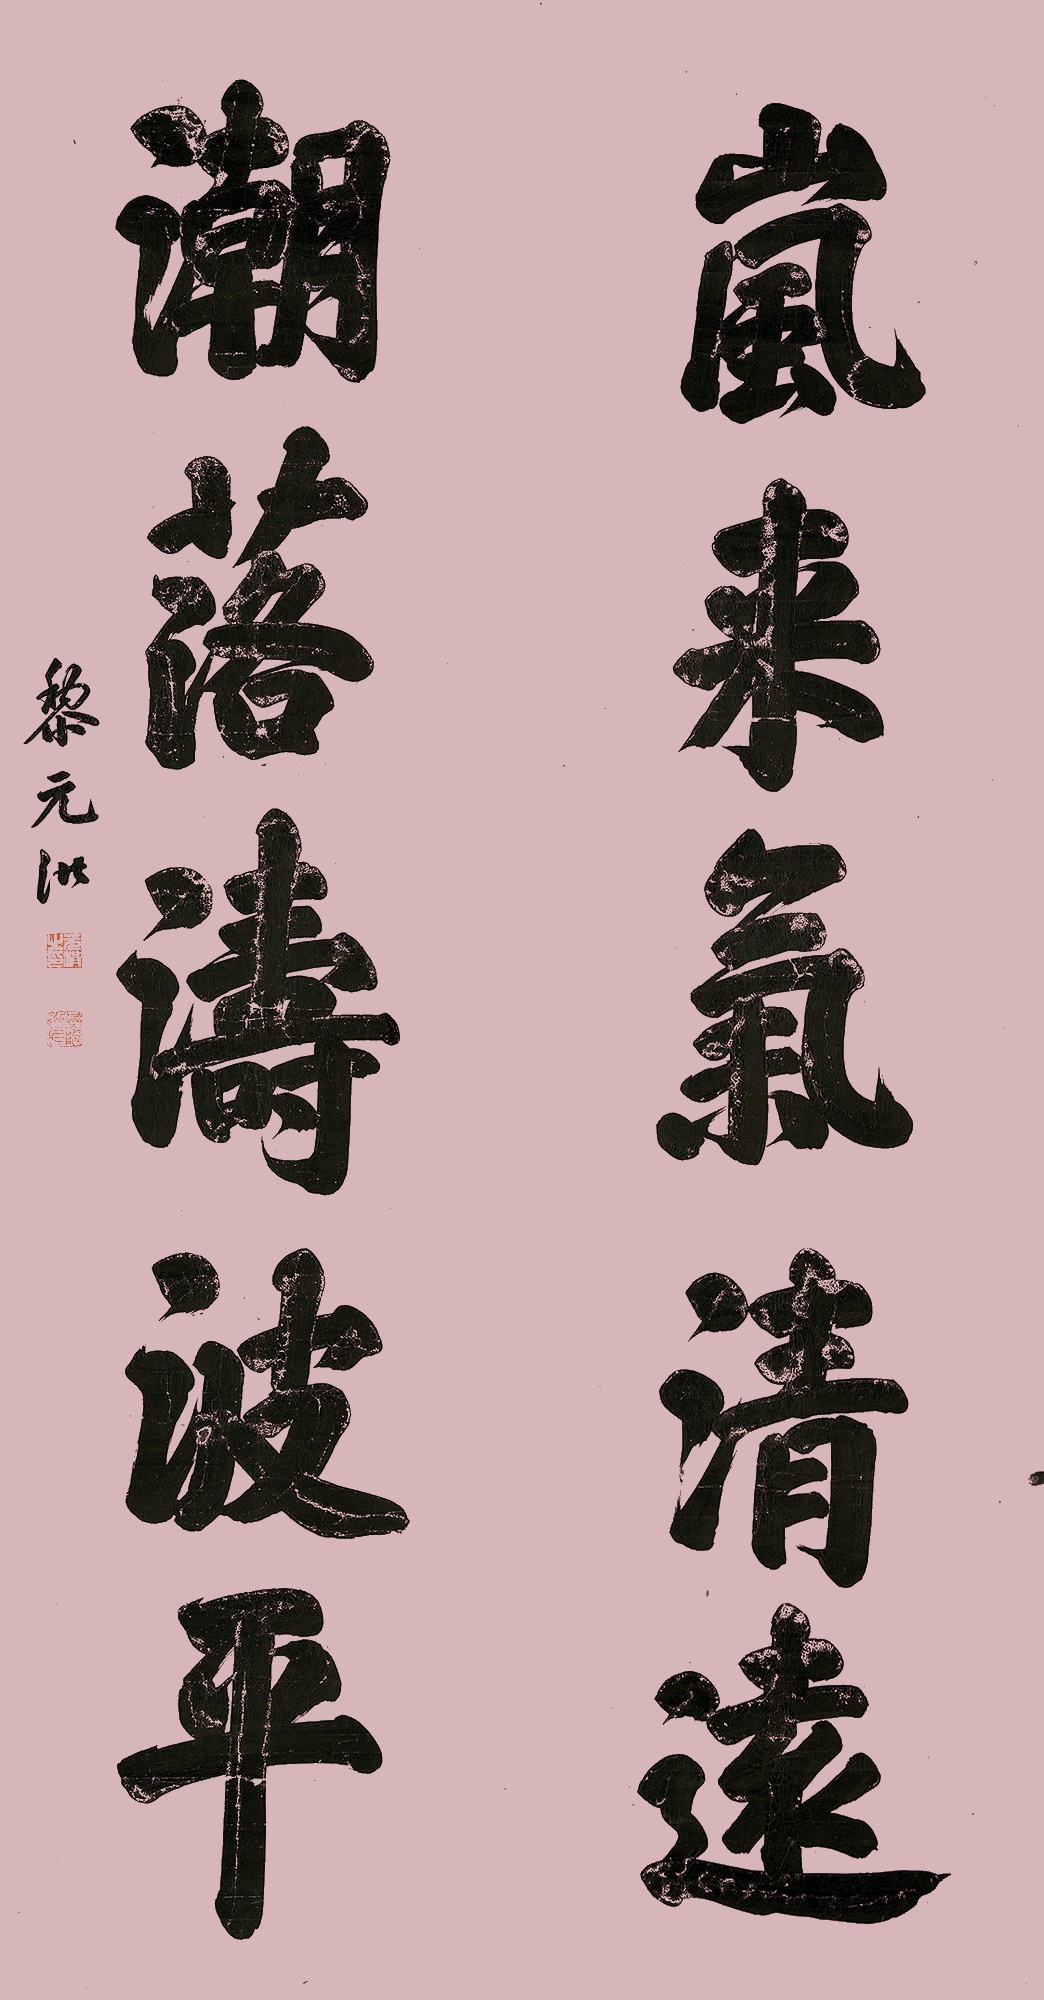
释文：岚来气清远，潮落涛波平。黎元洪。